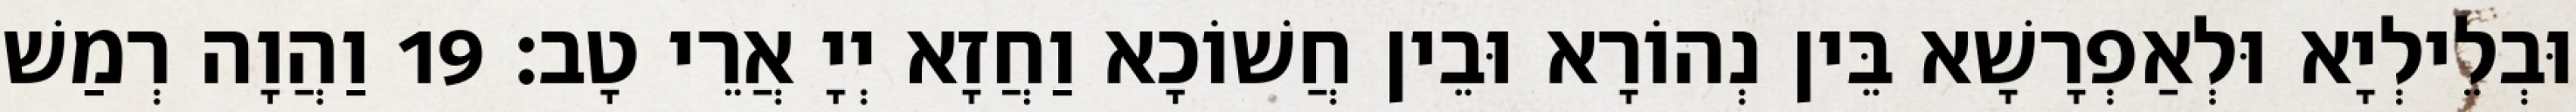
וּבְלֵילְיָא וּלְאַפְרָשָׁא בֵּין נְהוֹרָא וּבֵין חֲשׁוֹכָא וַחֲזָא יְיָ אֲרֵי טָב׃ 19 וַהֲוָה רְמַשׁ